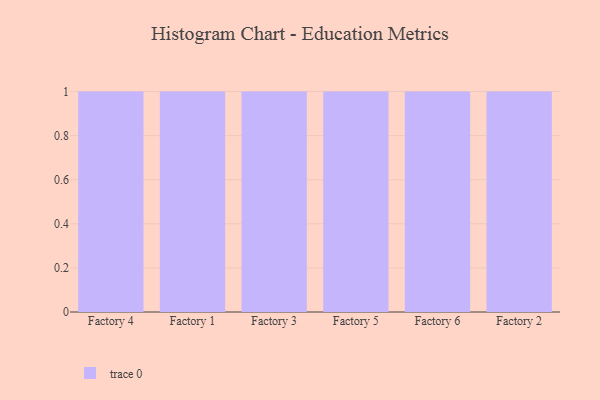
{"axis": {"x": "Factory", "y": "Gross Profit (USD K)"}, "legend": [""], "data": [{"x": "Factory 4", "y": 94, "type": ""}, {"x": "Factory 1", "y": 38, "type": ""}, {"x": "Factory 3", "y": 32, "type": ""}, {"x": "Factory 5", "y": 32, "type": ""}, {"x": "Factory 6", "y": 76, "type": ""}, {"x": "Factory 2", "y": 1, "type": ""}]}